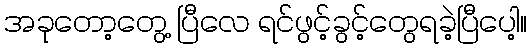
အခုတော့တွေ့ ပြီလေ ရင်ဖွင့်ခွင့်တွေရခဲ့ပြီပေါ့။